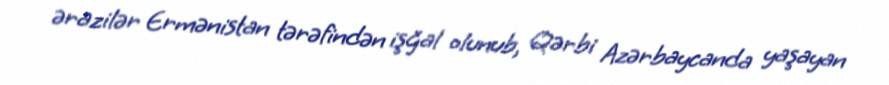
ərazilər Ermənistan tərəfindən işğal olunub, Qərbi Azərbaycanda yaşayan